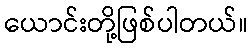
ယောင်းတို့ဖြစ်ပါတယ်။